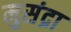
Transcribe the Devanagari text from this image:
मुसंद्रा